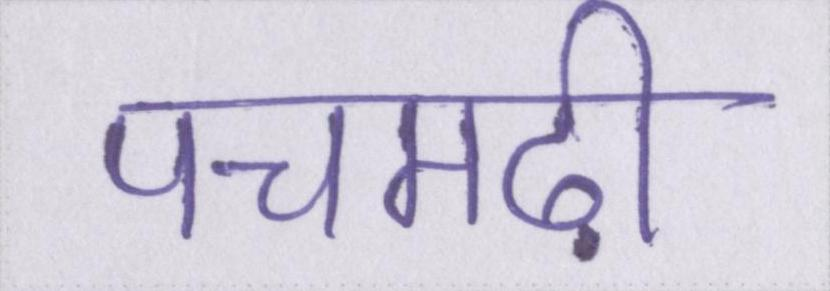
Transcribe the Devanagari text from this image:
पचमढ़ी